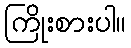
ကြိုးစားပါ။